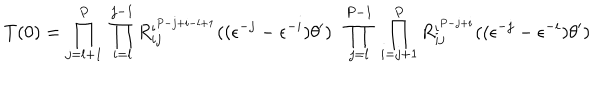
LaTeX: T ( 0 ) = \prod _ { j = l + 1 } ^ { P } \; \prod _ { i = l } ^ { j - 1 } R _ { i j } ^ { \iota ^ { P - j + i - l + 1 } } ( ( \epsilon ^ { - j } - \epsilon ^ { - i } ) \theta ^ { \prime } ) \; \; \prod _ { j = l } ^ { P - 1 } \; \prod _ { i = j + 1 } ^ { P } R _ { i j } ^ { \iota ^ { P - j + i } } ( ( \epsilon ^ { - j } - \epsilon ^ { - i } ) \theta ^ { \prime } )